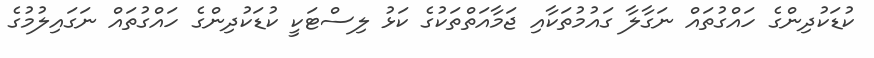
ކުޑަކުދިންގެ ހައްގުތައް ނަގާލާ ގައުމުތަކާއި ޖަމާއަތްތަކުގެ ކަޅު ލިސްޓަކީ ކުޑަކުދިންގެ ހައްގުތައް ނަގައިލުމުގެ